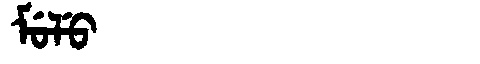
Manchu: ᠮᡠᠯᡠ
Romanization: MULU